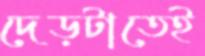
দেড়টাতেই